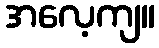
အလေ့ကျ။